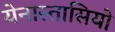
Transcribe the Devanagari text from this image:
येनास्तासियो